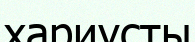
хариусты